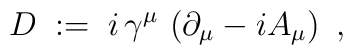
D\;:=\; i\,\gamma^\mu\,\left( \partial_\mu - i A_\mu\right) \ ,